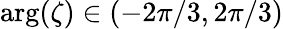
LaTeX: \arg(\zeta)\in(-2\pi/3,2\pi/3)